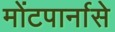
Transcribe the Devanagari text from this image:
मोंटपार्नासे